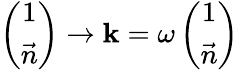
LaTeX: \left(\begin{array}{c}{{1}}\\ {{\vec{n}}}\end{array}\right)\rightarrow\mathbf{k}=\omega\left(\begin{array}{c}{{1}}\\ {{\vec{n}}}\end{array}\right)